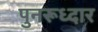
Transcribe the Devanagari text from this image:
पुनरूध्दार